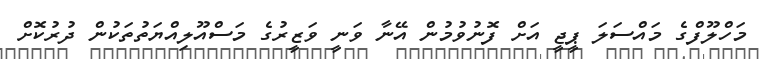
މަހްލޫފްގެ މައްސަލަ ޕީޖީ އަށް ފޮނުވުމުން އޭނާ ވަނީ ވަޒީރުގެ މަސްއޫލިއްޔަތުތަކުން ދުރުކޮށް